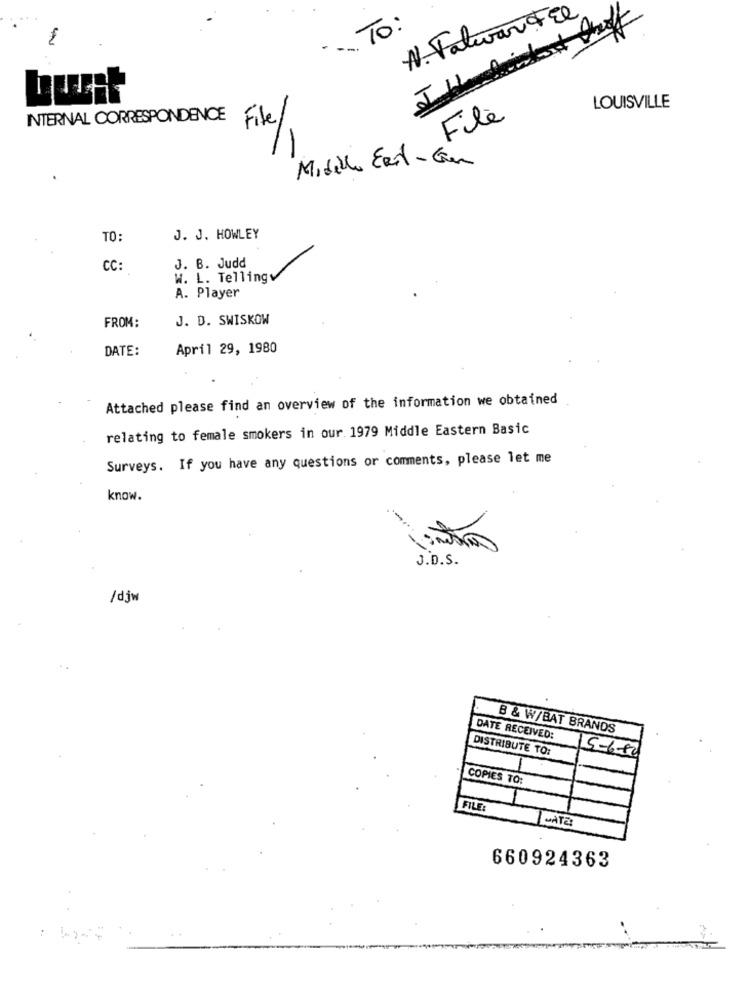
N. Talwar Fel
. TO:
LOUISVILLE
File
INTERNAL CORRESPONDENCE File/
/1
Midella ERit-Gun
TO:
J. J. HOWLEY
CC:
J. B. Judd
W. L. Tellingv
A. Player
J. D. SWISKOW
FROM:
DATE:
April 29, 1980
Attached please find an overview of the information we obtained
relating to female smokers in our 1979 Middle Eastern Basic
Surveys. If you have any questions or comments, please let me
know.
J.D.S.
/djw
B & W/BAT BRANDS
DATE RECEIVED:
DISTRIBUTE TO:
15-6-80
COPIES TO:
FILE
MATE
660924363
: W